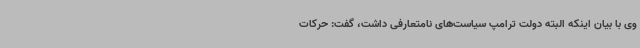
وی با بیان اینکه البته دولت ترامپ سیاست‌های نامتعارفی داشت، گفت: حرکات